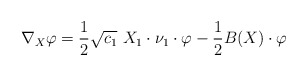
\begin{align*}\nabla_X \varphi = \frac{1}{2} \sqrt{c_1}\ X_1 \cdot \nu_1\cdot \varphi - \frac{1}{2}B(X)\cdot \varphi\end{align*}